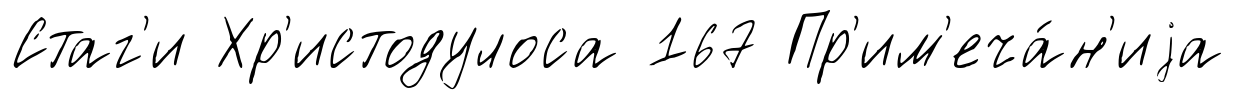
Стаг'и Хр'истодулоса 167 Пр'им'еча́н'иjа